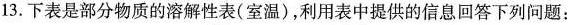
13.下表是部分物质的溶解性表(室温)，利用表中提供的信息回答下列问题：